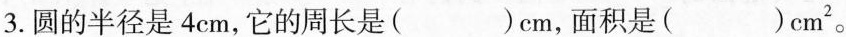
3.圆的半径是4cm，它的周长是( )cm，面积是( )cm^{2}。